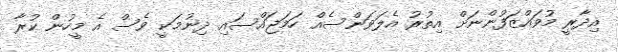
އިދާރީ މުވައްޒަފުންނަށް އިތުރު އެލަވަންސެއް ހަމަޖައްސައި ދިނުމަކީ ވެސް އެ މީހުން ކުރާ